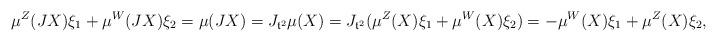
LaTeX: \begin{align*}\mu^Z(JX) \xi_1 + \mu^W(JX) \xi_2 = \mu(JX) = J_{\mathfrak t^2} \mu(X) = J_{\mathfrak t^2}( \mu^Z(X) \xi_1 + \mu^W(X) \xi_2) = - \mu^W(X) \xi_1 + \mu^Z(X) \xi_2,\end{align*}